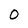
Character: 0